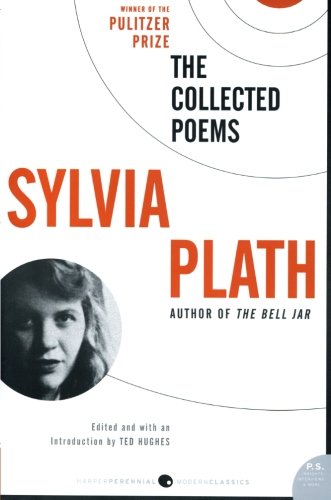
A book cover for The Collected Poems; Sylvia Plath; Literature & Fiction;